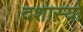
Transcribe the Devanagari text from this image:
दशास्यो